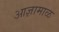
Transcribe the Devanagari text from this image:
आज्ञामाळ